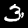
Digit: 3